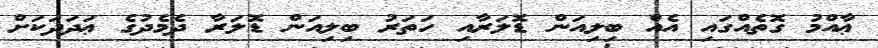
ޢާއްމު ގޮތެއްގައި އެއް ބިލިއަން ޑޮލަރާއި ހަތަރު ބިލިއަން ޑޮލަރާ ދެމެދުގެ ޢަދަދަކަށް